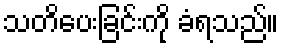
သတိပေးခြင်းကို ခံရသည်။